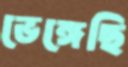
ভেঙ্গেছি